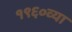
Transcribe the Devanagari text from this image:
१९६०व्या